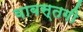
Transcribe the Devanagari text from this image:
वाबस्तगी